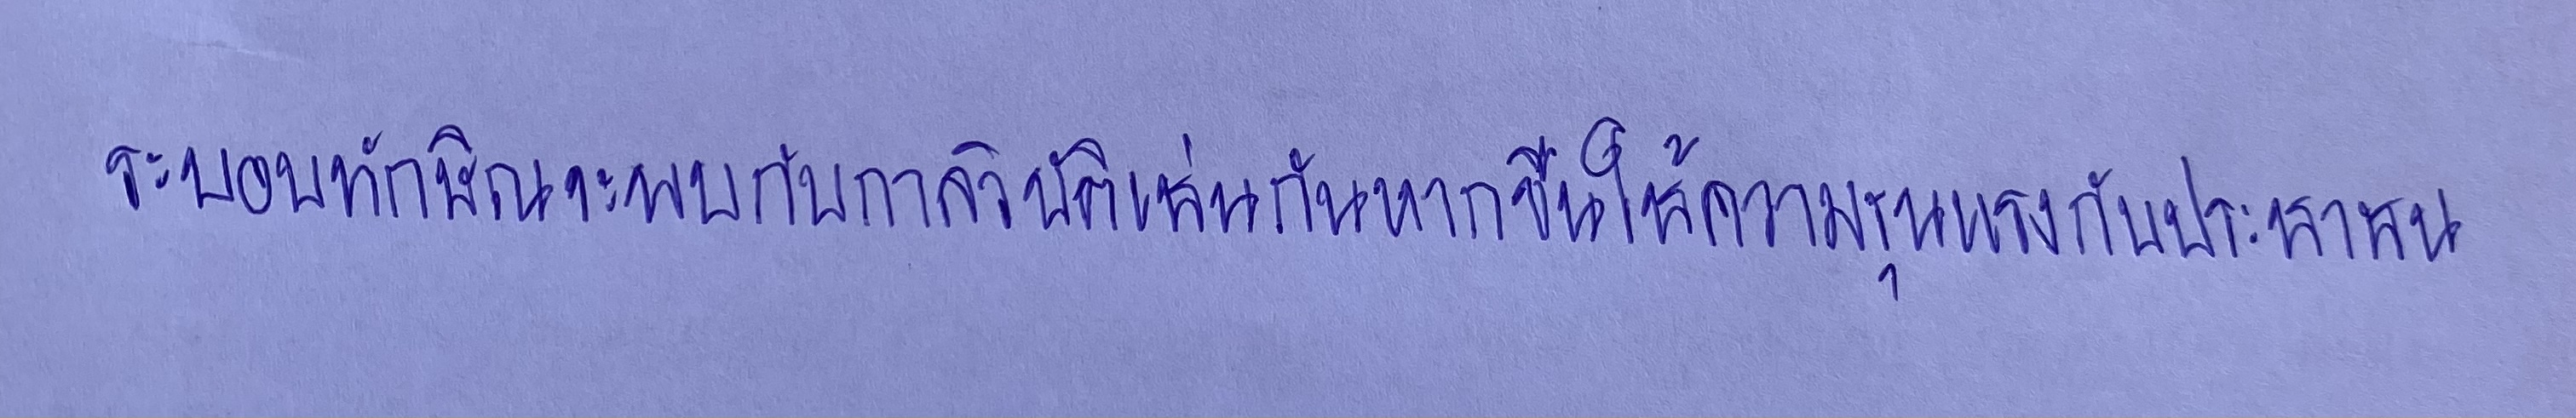
ระบอบทักษิณจะพบกับกาลวิบัติเช่นกันหากขืนใช้ความรุนแรงกับประชาชน